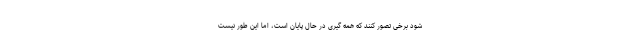
شود برخی تصور کنند که همه گیری در حال پایان است، اما این طور نیست